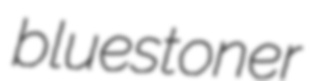
bluestoner